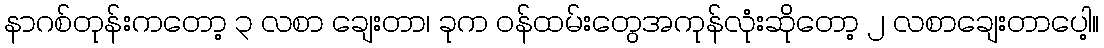
နာဂစ်တုန်းကတော့ ၃ လစာ ချေးတာ၊ ခုက ဝန်ထမ်းတွေအကုန်လုံးဆိုတော့ ၂ လစာချေးတာပေါ့။